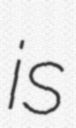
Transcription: is